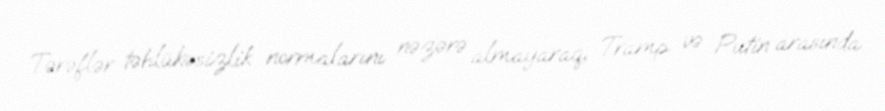
Tərəflər təhlükəsizlik normalarını nəzərə almayaraq, Tramp və Putin arasında